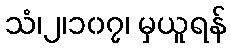
သံ၊၂၊၁၀၇၊ မှယူရန်